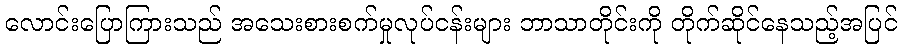
လောင်းပြောကြားသည် အသေးစားစက်မှုလုပ်ငန်းများ ဘာသာတိုင်းကို တိုက်ဆိုင်နေသည့်အပြင်